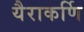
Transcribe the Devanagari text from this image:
यैराकर्णि